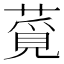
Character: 𦸡